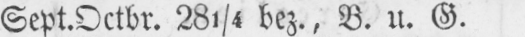
Sept⸗Octbr. 281/4 bez., B. u. G.